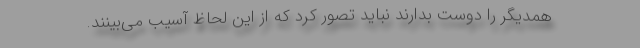
همدیگر را دوست بدارند نباید تصور کرد که از این لحاظ آسیب می‌‌بینند.